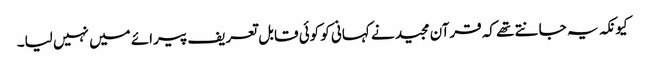
کیونکہ یہ جانتے تھے کہ قرآن مجید نے کہانی کو کوئی قابل تعریف پیرائے میں نہیں لیا۔